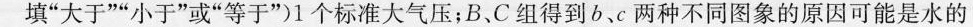
填”大于””小于”或”等于”)1个标准大气压；B、C组得到b、c两种不同图象的原因可能是水的